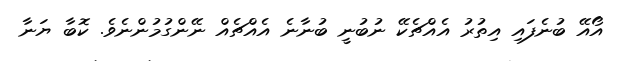
އޯއޭ ބުނެފައި އިތުރު އެއްޗެކޭ ނުބުނީ ބުނާނެ އެއްޗެއް ނޭންގުމުންނެވެ. ކޮބާ ޔަނާ